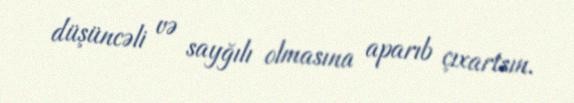
düşüncəli və sayğılı olmasına aparıb çıxartsın.